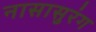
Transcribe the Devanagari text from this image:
नासासुरंग